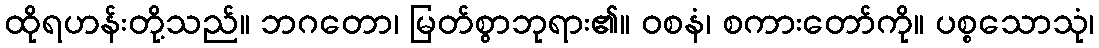
ထိုရဟန်းတို့သည်။ ဘဂတော၊ မြတ်စွာဘုရား၏။ ဝစနံ၊ စကားတော်ကို။ ပစ္စသောသုံ၊